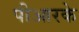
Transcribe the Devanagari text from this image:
पीआरके